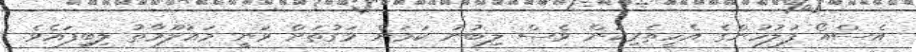
އެސްއޯ ފުލުހުންގެ އެހީތެރިކަން ވެސް ލިބުނު ކަމަށް ވަގުތަށް ވަނީ މައުލޫމާތު ލިބިފައެވެ.